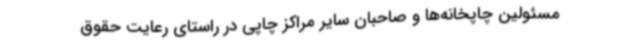
مسئولین چاپخانه‌ها و صاحبان سایر مراکز چاپی در راستای رعایت حقوق